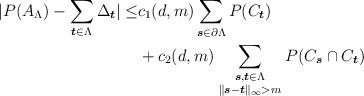
LaTeX: \begin{align*}|P(A_{\Lambda})- \sum_{\boldsymbol{t}\in \Lambda}\Delta_{\boldsymbol{t}}|\le & c_1(d,m) \sum_{\boldsymbol{s}\in \partial\Lambda} P(C_{\boldsymbol{t}})\\&+c_2(d,m)\sum_{\genfrac{}{}{0pt}{1}{\boldsymbol{s},\boldsymbol{t} \in\Lambda} {\|\boldsymbol{s}-\boldsymbol{t}\|_{\infty}>m}}P(C_{\boldsymbol{s}}\cap C_{\boldsymbol{t}})\end{align*}